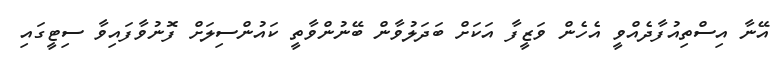
އޭނާ އިސްތިއުފާދެއްވީ އެހެން ވަޒީފާ އަކަށް ބަދަލުވާން ބޭނުންވާތީ ކައުންސިލަށް ފޮނުވާފައިވާ ސިޓީގައި